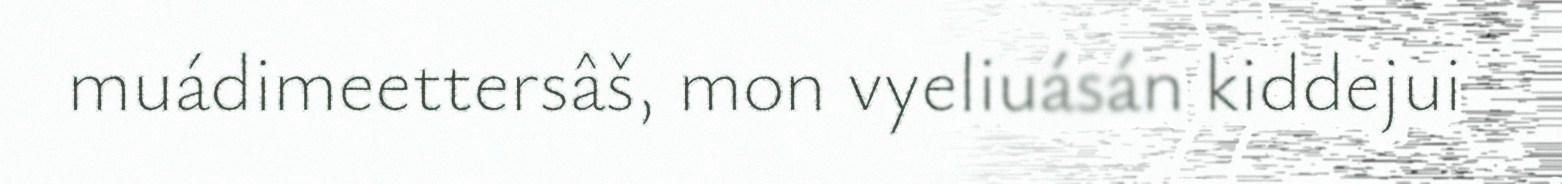
muádimeettersâš, mon vyeliuásán kiddejui